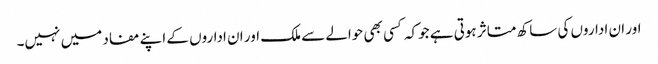
اور ان اداروں کی ساکھ متاثر ہوتی ہے جوکہ کسی بھی حوالے سے ملک اور ان اداروں کے اپنے مفاد میں نہیں۔